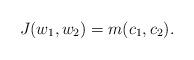
LaTeX: \begin{align*} J(w_1, w_2)=m(c_1, c_2).\end{align*}